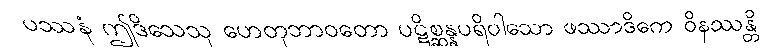
ပဿနံ ဤဒိသေသု ဟေတုဘာဝတော ပဋိစ္ဆန္နပရိဝါသော ဖဿာဒိကေ ဝိနဿန္တိ